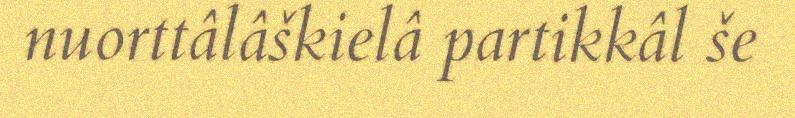
nuorttâlâškielâ partikkâl še